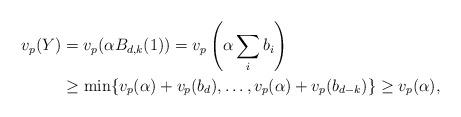
LaTeX: \begin{align*} v_p(Y) &= v_p( \alpha B_{d,k}(1) ) = v_p \left(\alpha \sum_i b_i \right) \\ &\geq \min \{ v_p(\alpha) + v_p(b_d), \ldots, v_p(\alpha) + v_p(b_{d-k}) \} \geq v_p(\alpha),\end{align*}